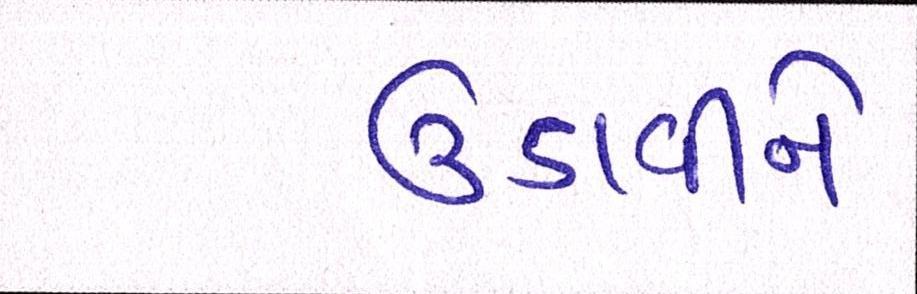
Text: ઉડાવીને